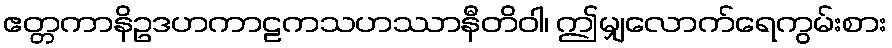
ဧတ္တကာနိဥဒဟကာဠကသဟဿာနီတိဝါ၊ ဤမျှလောက်ရေကွမ်းစား